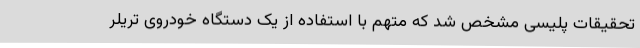
تحقیقات پلیسی مشخص شد که متهم با استفاده از یک دستگاه خودروی تریلر